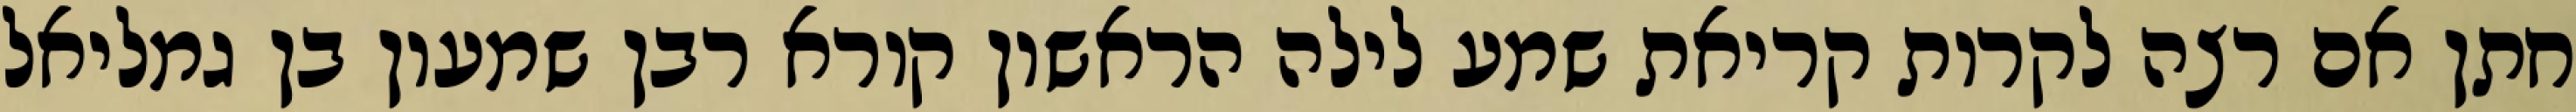
חתן אם רצה לקרות קריאת שמע לילה הראשון קורא רבן שמעון בן גמליאל